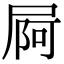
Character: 屙